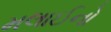
મલાઈનો